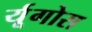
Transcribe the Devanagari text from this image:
र्यूगोस